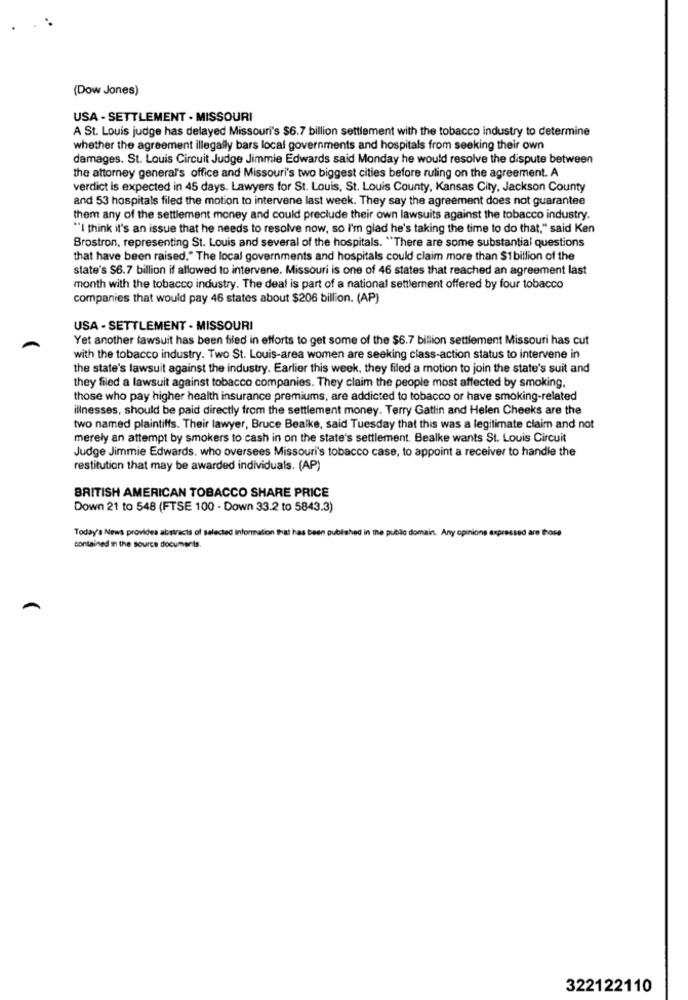
(Dow Jones)
USA - SETTLEMENT - MISSOURI
A St. Louis judge has delayed Missouri's $6.7 billion settlement with the tobacco industry to determine
whether the agreement illegally bars local governments and hospitals from seeking their own
damages. St. Louis Circuit Judge Jimmie Edwards said Monday he would resolve the dispute between
the attorney general's office and Missouri's two biggest cities before ruling on the agreement. A
verdict is expected in 45 days. Lawyers for St. Louis, St. Louis County, Kansas City, Jackson County
and 53 hospitals filed the motion to intervene last week. They say the agreement does not guarantee
them any of the settlement money and could preclude their own lawsuits against the tobacco industry.
"I think it's an issue that he needs to resolve now, so I'm glad he's taking the time to do that," said Ken
Brostron, representing St. Louis and several of the hospitals. "There are some substantial questions
that have been raised." The local governments and hospitals could claim more than $1 billion of the
state's $6.7 billion if allowed to intervene. Missouri is one of 46 states that reached an agreement last
month with the tobacco industry. The deal is part of a national settlement offered by four tobacco
companies that would pay 46 states about $206 billion. (AP)
USA - SETTLEMENT - MISSOURI
Yet another lawsuit has been filed in efforts to get some of the $6.7 billion settlement Missouri has cut
with the tobacco industry. Two St. Louis-area women are seeking class-action status to intervene in
the state's lawsuit against the industry. Earlier this week, they filed a motion to join the state's suit and
they filed a lawsuit against tobacco companies. They claim the people most affected by smoking.
those who pay higher health insurance premiums, are addicted to tobacco or have smoking-related
illnesses, should be paid directly from the settlement money. Terry Gatlin and Helen Cheeks are the
two named plaintiffs. Their lawyer, Bruce Bealke, said Tuesday that this was a legitimate claim and not
merely an attempt by smokers to cash in on the state's settlement. Bealke wants St. Louis Circuit
Judge Jimmie Edwards, who oversees Missouri's tobacco case, to appoint a receiver to handle the
restitution that may be awarded individuals. (AP)
BRITISH AMERICAN TOBACCO SHARE PRICE
Down 21 to 548 (FTSE 100 - Down 33.2 to 5843.3)
Today's News provides abstracts of selected information that has been published in the public domain. Any opinions expressed are those
contained in the source documents.
322122110